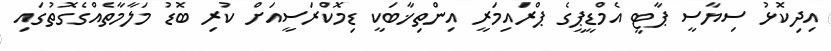
އިދިކޮޅު ސިޔާސީ ޕާޓީ އެމްޑީޕީގެ ޕްރައިމަރީ އިންތިޚާބަކީ ޑިމޮކްރަސީއަށް ކުރި ބޮޑު މަލާމާތެއްގެގޮތުގައި